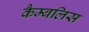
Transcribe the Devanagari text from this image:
कैम्बलिस